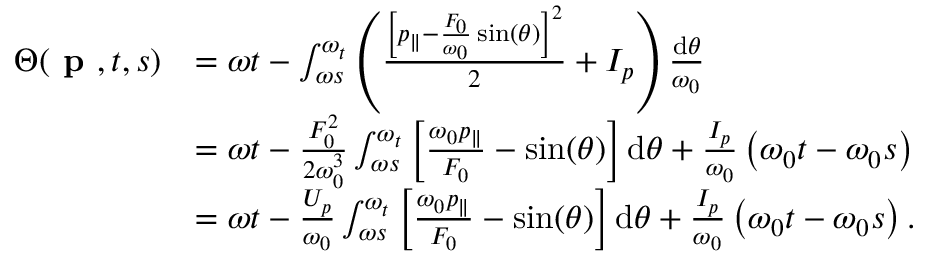
\begin{array} { r l } { \Theta ( \textbf { p } , t , s ) } & { = \omega t - \int _ { \omega s } ^ { \omega _ { t } } \left( \frac { \left[ p _ { \| } - \frac { F _ { 0 } } { \omega _ { 0 } } \sin ( \theta ) \right] ^ { 2 } } { 2 } + I _ { p } \right) \frac { \mathrm { d } \theta } { \omega _ { 0 } } } \\ & { = \omega t - \frac { F _ { 0 } ^ { 2 } } { 2 \omega _ { 0 } ^ { 3 } } \int _ { \omega s } ^ { \omega _ { t } } \left[ \frac { \omega _ { 0 } p _ { \| } } { F _ { 0 } } - \sin ( \theta ) \right] \mathrm { d } \theta + \frac { I _ { p } } { \omega _ { 0 } } \left( \omega _ { 0 } t - \omega _ { 0 } s \right) } \\ & { = \omega t - \frac { U _ { p } } { \omega _ { 0 } } \int _ { \omega s } ^ { \omega _ { t } } \left[ \frac { \omega _ { 0 } p _ { \| } } { F _ { 0 } } - \sin ( \theta ) \right] \mathrm { d } \theta + \frac { I _ { p } } { \omega _ { 0 } } \left( \omega _ { 0 } t - \omega _ { 0 } s \right) . } \end{array}